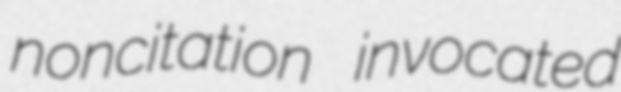
noncitation invocated